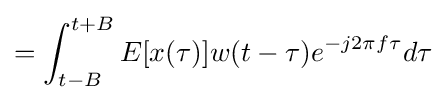
=\int _{t-B}^{t+B}E[x(\tau )]w(t-\tau )e^{-j2\pi f\tau }d\tau